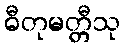
ဓီတုမတ္တီသု